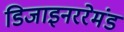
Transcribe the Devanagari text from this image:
डिजाइनररेमंड